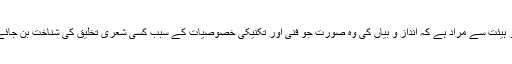
اور ہیئت سے مراد ہے کہ اندازِ و بیاں کی وہ صورت جو فنی اور تکنیکی خصوصیات کے سبب کسی شعری تخلیق کی شناخت بن جائے ۔